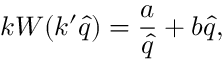
k W ( k ^ { \prime } \hat { q } ) = \frac { a } { \hat { q } } + b \hat { q } ,